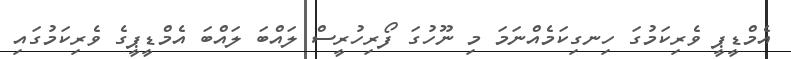
އެމްޑީޕީ ވެރިކަމުގަ ހިނގިކަމެއްނަމަ މި ނޫހުގަ ފޯރިހުރީސް ލައްބަ ލައްބަ އެމްޑީޕީގެ ވެރިކަމުގައި